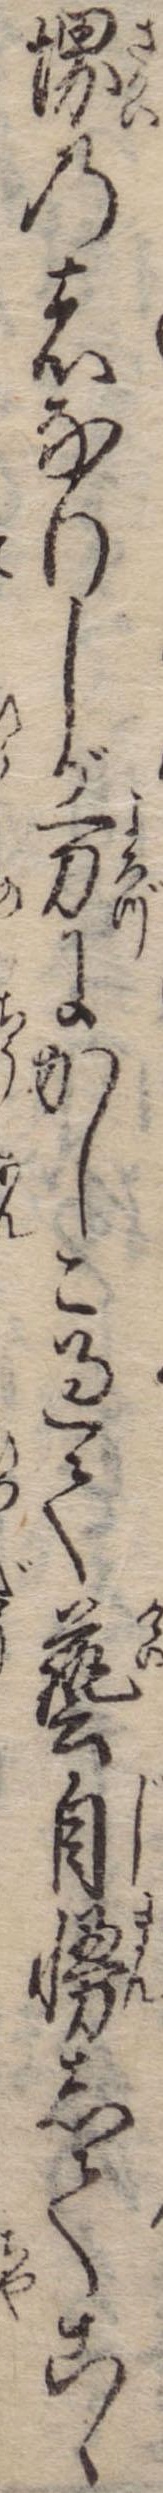
堺の者なりしが万にかしこ過て芸自慢してこゝ